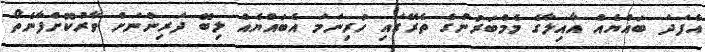
އެފަދަ ބައްޔެއް އާއިލާގެ މެމްބަރުންގެ ތެރޭގައި ހުރިނަމަ އެބައްޔެއް ލިބޭ ދަރިންނަށް ވާރުކޮށްފާނެތޯ